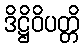
ဒိဋ္ဌိဝိပတ္တိ